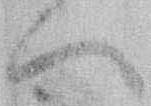
へ